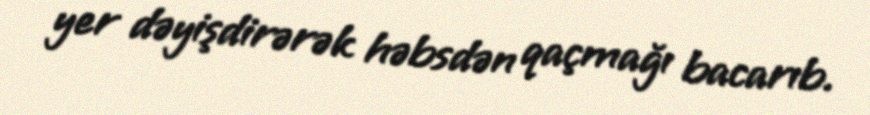
yer dəyişdirərək həbsdən qaçmağı bacarıb.